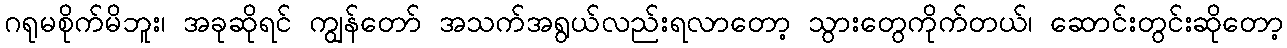
ဂရုမစိုက်မိဘူး၊ အခုဆိုရင် ကျွန်တော် အသက်အရွယ်လည်းရလာတော့ သွားတွေကိုက်တယ်၊ ဆောင်းတွင်းဆိုတော့